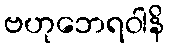
ဗဟုဘေရဝါနိ